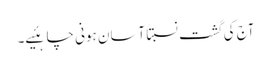
آج کی گشت نسبتاً آسان ہونی چاہئیے۔